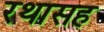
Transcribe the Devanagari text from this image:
रथासह